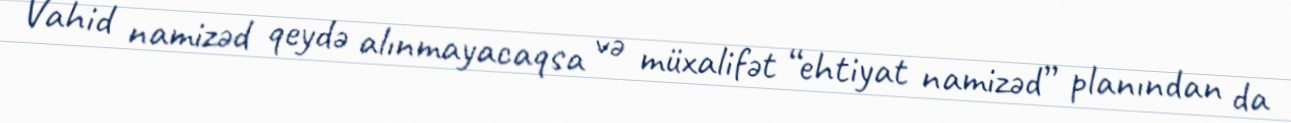
Vahid namizəd qeydə alınmayacaqsa və müxalifət “ehtiyat namizəd” planından da